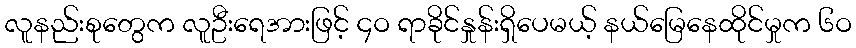
လူနည်းစုတွေက လူဦးရေအားဖြင့် ၄ဝ ရာခိုင်နှုန်းရှိပေမယ့် နယ်မြေနေထိုင်မှုက ၆ဝ